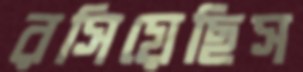
রসিয়েছিস